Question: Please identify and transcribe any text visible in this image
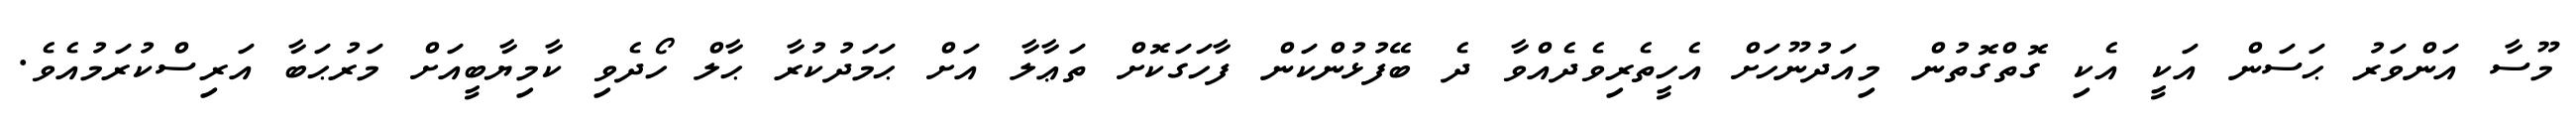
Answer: މޫސާ އަންވަރު ޙަސަން އަކީ އެކި ގޮތްގޮތުން މިއަދުނޫހަށް އެހީތެރިވެދެއްވާ ދެ ބޭފުޅުންކަން ފާހަގަކޮށް ތަޢާލާ އަށް ޙަމަދުކުރާ ޙާލް ހޯދެވި ކާމިޔާބީއަށް މަރުޙަބާ އަރިސްކުރަމުއެވެ.